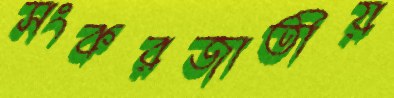
সংকরজাতীয়